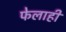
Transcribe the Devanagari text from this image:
फेलाही